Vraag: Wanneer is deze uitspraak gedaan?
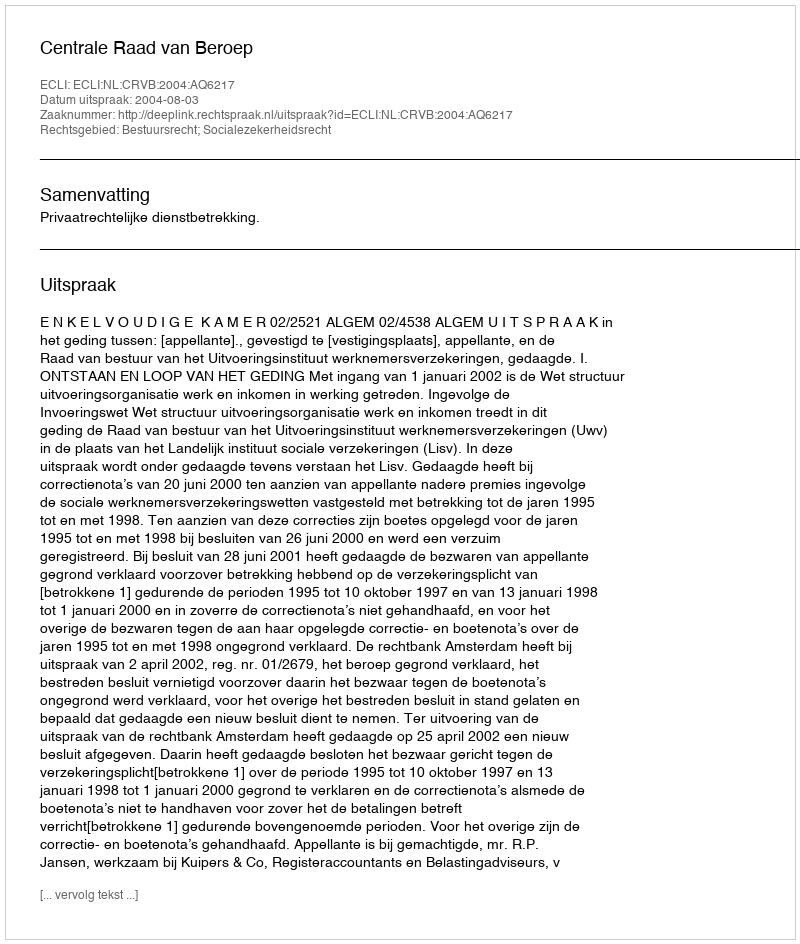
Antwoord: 2004-08-03